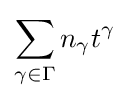
\sum _{\gamma \in \Gamma }n_{\gamma }t^{\gamma }